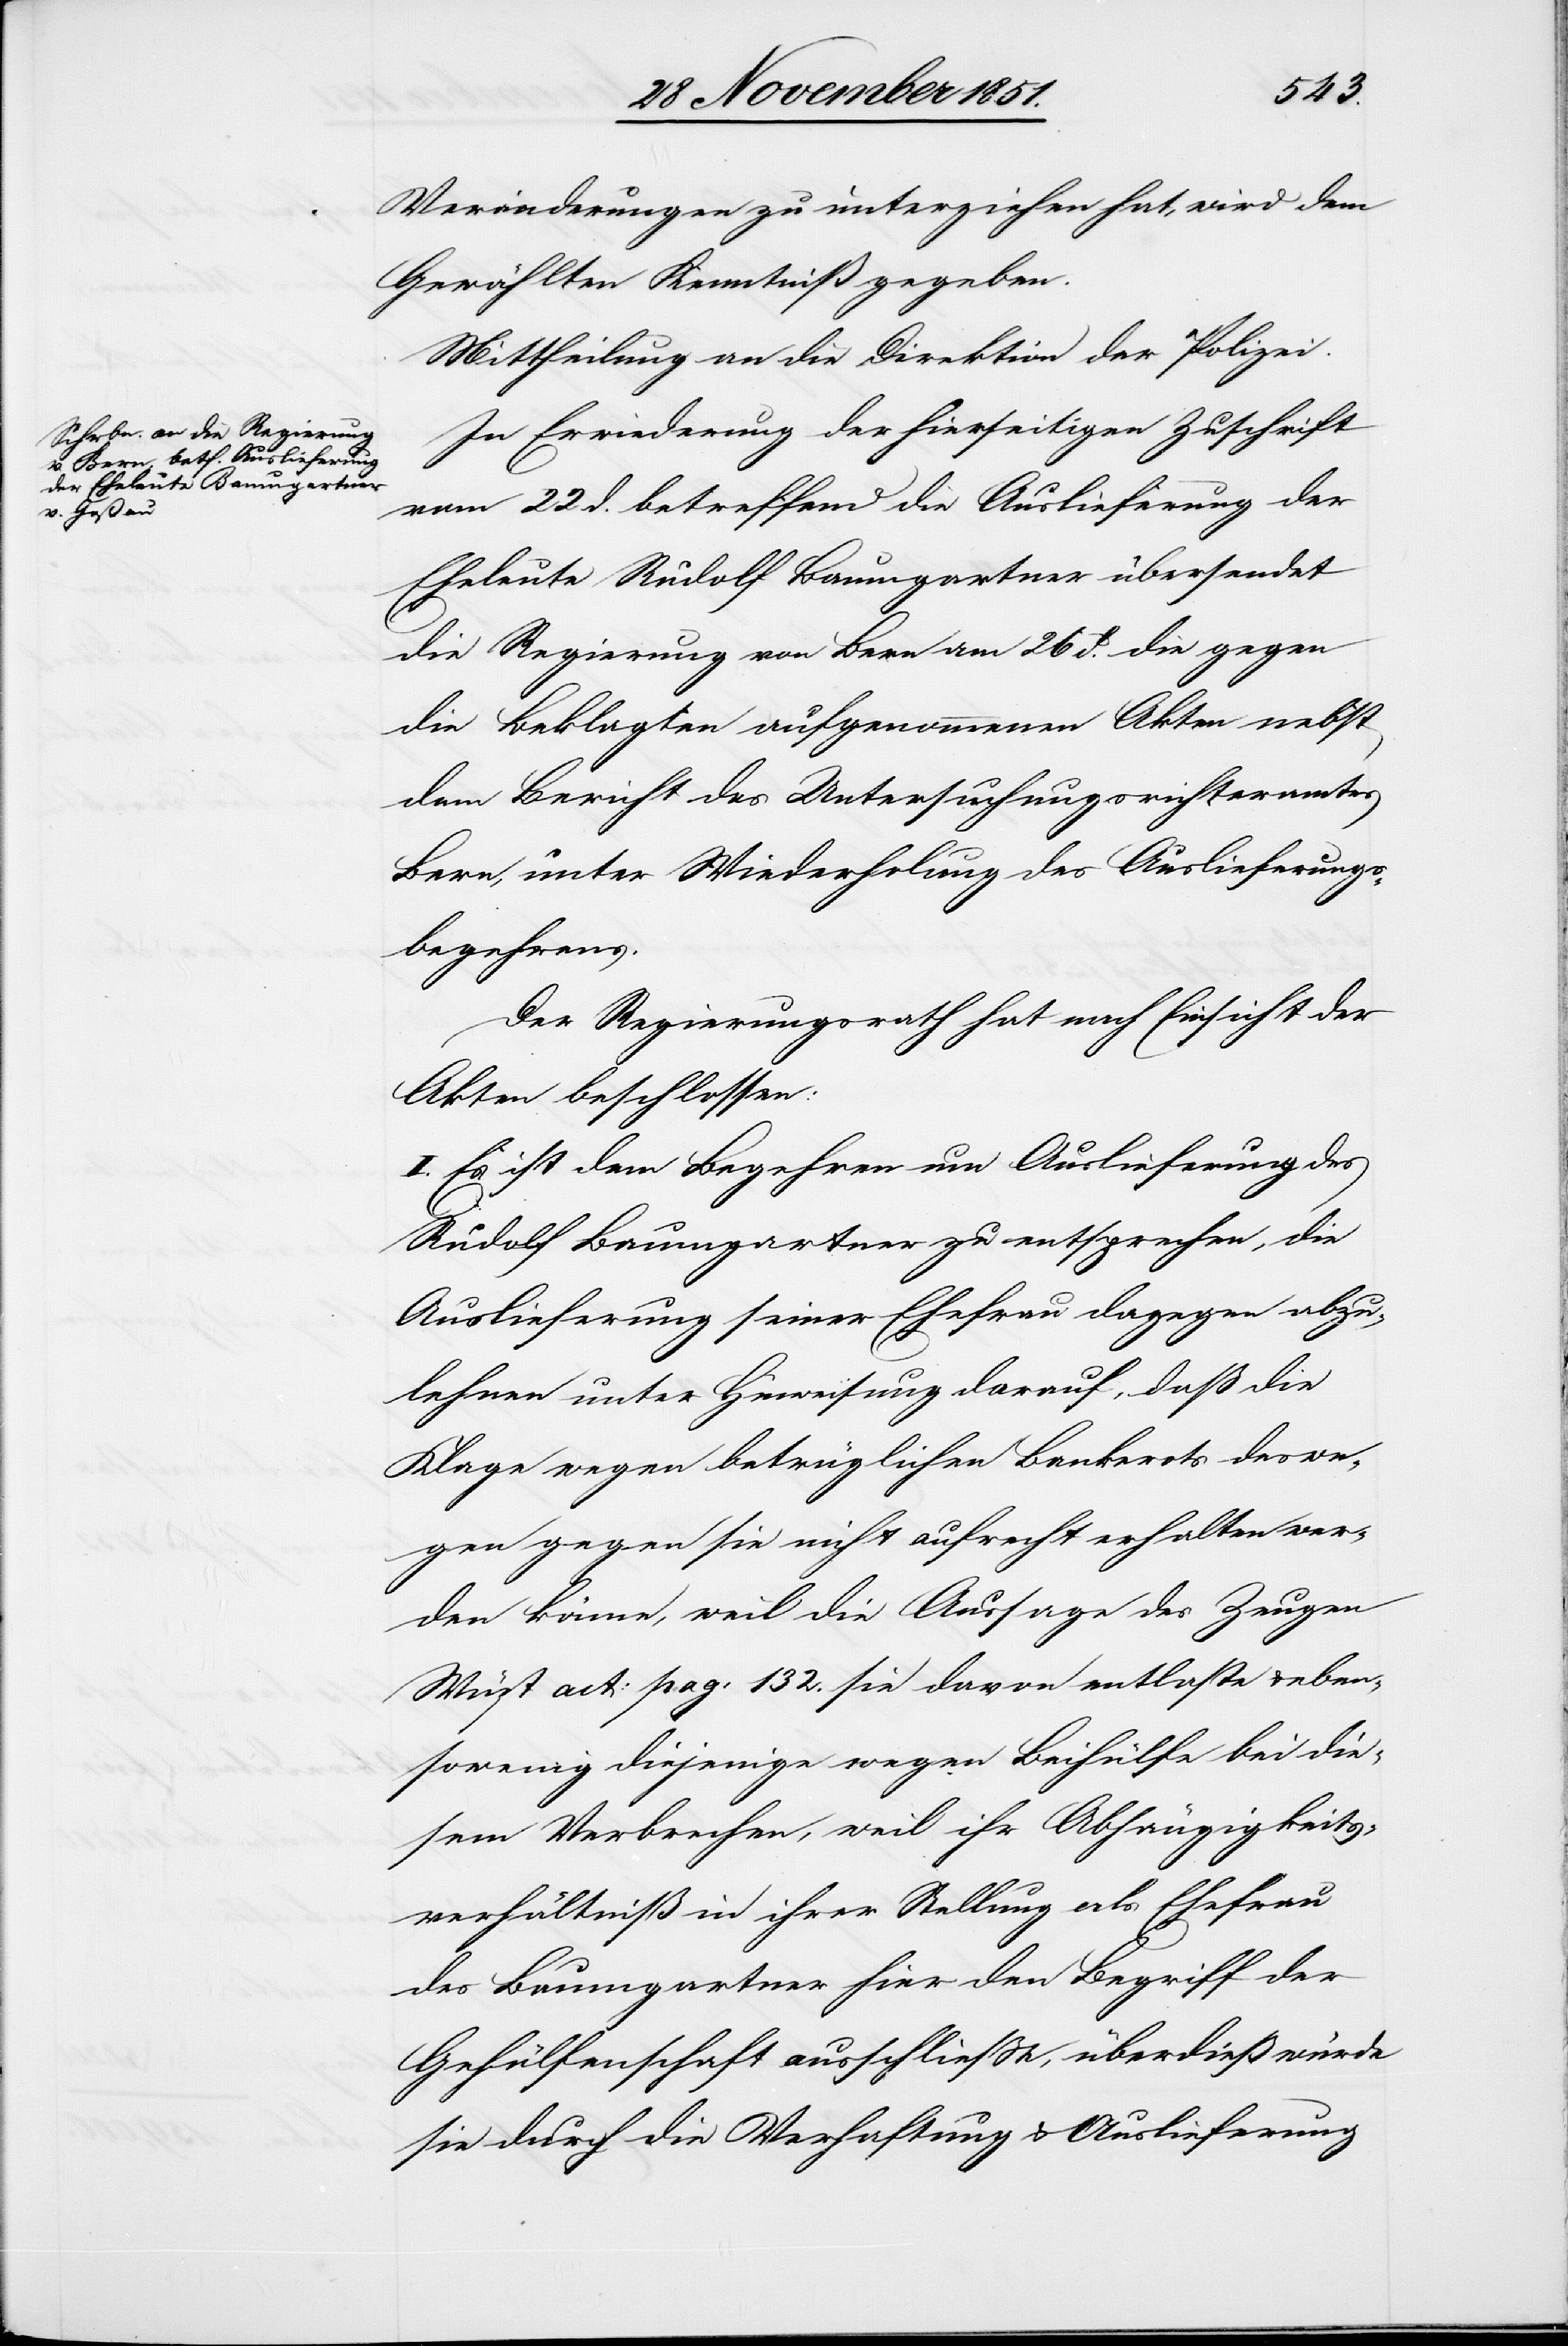
Veränderungen zu unterziehen hat, wird dem
Gewählten Kenntniß gegeben.
Mittheilung an die Direktion der Polizei.
In Erwiederung der hierseitigen Zuschrift
vom 22 d. betreffend die Auslieferung der
Eheleute Rudolf Baumgartner übersendet
die Regierung von Bern am 26 d. die gegen
die Beklagten aufgenommenen Akten nebst
dem Bericht des Untersuchungsrichteramtes
Bern, unter Wiederholung des Auslieferungs¬
begehrens.
Der Regierungsrath hat nach Einsicht der
Akten beschlossen:
I. Es ist dem Begehren um Auslieferung des
Rudolf Baumgartner zu entsprechen, die
Auslieferung seiner Ehefrau dagegen abzu¬
lehnen unter Hinweisung darauf, daß die
Klage wegen betrüglichen Bankerots deswe¬
gen gegen sie nicht aufrecht erhalten wer¬
den könne, weil die Aussage des Zeugen
Wüst act: pag: 132. sie davon entlaste & eben¬
sowenig diejenige wegen Beihülfe bei die¬
sem Verbrechen, weil ihr Abhängigkeits¬
verhältniß in ihrer Stellung als Ehefrau
des Baumgartner hier den Begriff der
Gehülfenschaft ausschließe, überdieß würde
sie durch die Verhaftung & Auslieferung